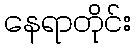
နေရာတိုင်း